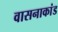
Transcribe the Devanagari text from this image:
वासनाकांड